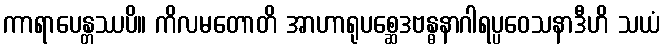
ကာရာပေန္တဿပိ။ ကိလမတောတိ အာဟာရုပစ္ဆေဒဗန္ဓနာဂါရပ္ပဝေသနာဒီဟိ သယံ